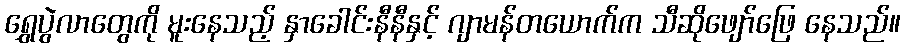
ရွှေပွဲလာတွေကို မူးနေသည့် နှာခေါင်းနီနီနှင့် ဂျာမန်တယောက်က သီဆိုဖျော်ဖြေ နေသည်။